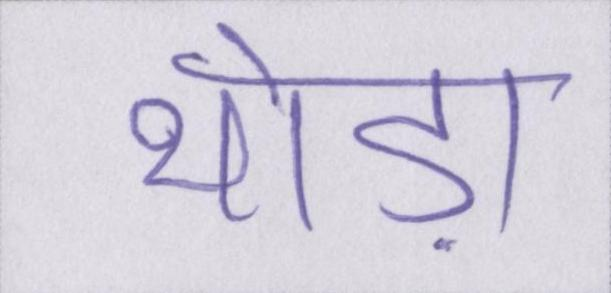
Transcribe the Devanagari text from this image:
थोड़ा